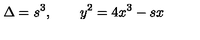
\Delta = s ^ { 3 } , \qquad y ^ { 2 } = 4 x ^ { 3 } - s x